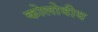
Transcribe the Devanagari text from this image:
कोलोवीय